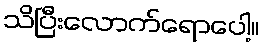
သိပြီးလောက်ရောပေါ့။